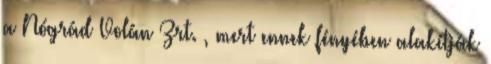
a Nógrád Volán Zrt. , mert ennek fényében alakítják